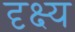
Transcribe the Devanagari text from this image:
दृक्ष्य